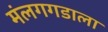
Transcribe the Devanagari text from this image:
मंलगगडाला